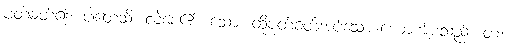
ပုတ်ခတ်၍။ ပါတေသိ၊ လဲစေ၏။ သော၊ ထိုပုတ်ခတ်အပ်သော ယောကျ်ားသည်။ တံ၊